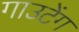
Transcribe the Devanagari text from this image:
गाउटेंग